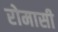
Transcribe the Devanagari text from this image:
रोमासी